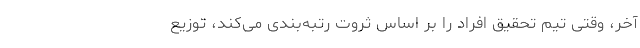
آخر، وقتی تیم تحقیق افراد را بر اساس ثروت رتبه‌بندی می‌کند، توزیع